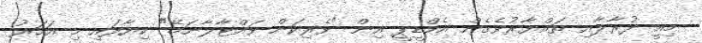
މިއީ ދުރާލާއި ތައްޔާރުވެގެން އެމްޑީޕީ އިން "ވެރިކަން ވައްޓާލާނަމޭ" ކިޔާފައި މި އަހަރު